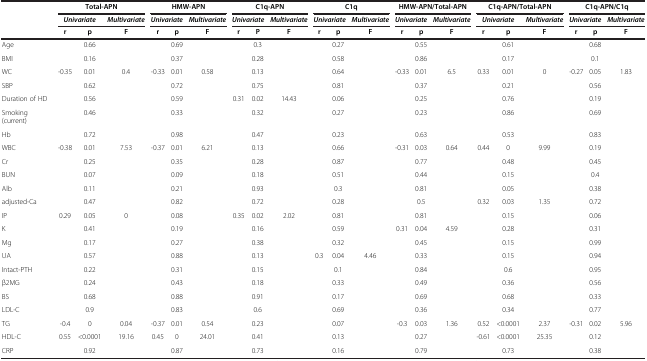
<table><thead><tr><td><b> </b></td><td colspan="3"><b>Total-APN</b></td><td colspan="3"><b>HMW-APN</b></td><td colspan="3"><b>C1q-APN</b></td><td colspan="3"><b>C1q</b></td><td colspan="3"><b>HMW-APN/Total-APN</b></td><td colspan="3"><b>C1q-APN/Total-APN</b></td><td colspan="3"><b>C1q-APN/C1q</b></td></tr><tr><td><b> </b></td><td colspan="2"><b><i>Univariate</i></b></td><td><b><i>Multivariate</i></b></td><td colspan="2"><b><i>Univariate</i></b></td><td><b><i>Multivariate</i></b></td><td colspan="2"><b><i>Univariate</i></b></td><td><b><i>Multivariate</i></b></td><td colspan="2"><b><i>Univariate</i></b></td><td><b><i>Multivariate</i></b></td><td colspan="2"><b><i>Univariate</i></b></td><td><b><i>Multivariate</i></b></td><td colspan="2"><b><i>Univariate</i></b></td><td><b><i>Multivariate</i></b></td><td colspan="2"><b><i>Univariate</i></b></td><td><b><i>Multivariate</i></b></td></tr><tr><td><b> </b></td><td><b>r</b></td><td><b>p</b></td><td><b>F</b></td><td><b>r</b></td><td><b>p</b></td><td><b>F</b></td><td><b>r</b></td><td><b>P</b></td><td><b>F</b></td><td><b>r</b></td><td><b>p</b></td><td><b>F</b></td><td><b>r</b></td><td><b>p</b></td><td><b>F</b></td><td><b>r</b></td><td><b>p</b></td><td><b>F</b></td><td><b>r</b></td><td><b>p</b></td><td><b>F</b></td></tr></thead><tbody><tr><td>Age</td><td> </td><td>0.66</td><td> </td><td> </td><td>0.69</td><td> </td><td> </td><td>0.3</td><td> </td><td> </td><td>0.27</td><td> </td><td> </td><td>0.55</td><td> </td><td> </td><td>0.61</td><td> </td><td> </td><td>0.68</td><td> </td></tr><tr><td>BMI</td><td> </td><td>0.16</td><td> </td><td> </td><td>0.37</td><td> </td><td> </td><td>0.28</td><td> </td><td> </td><td>0.58</td><td> </td><td> </td><td>0.86</td><td> </td><td> </td><td>0.17</td><td> </td><td> </td><td>0.1</td><td> </td></tr><tr><td>WC</td><td>-0.35</td><td>0.01</td><td>0.4</td><td>-0.33</td><td>0.01</td><td>0.58</td><td> </td><td>0.13</td><td> </td><td> </td><td>0.64</td><td> </td><td>-0.33</td><td>0.01</td><td>6.5</td><td>0.33</td><td>0.01</td><td>0</td><td>-0.27</td><td>0.05</td><td>1.83</td></tr><tr><td>SBP</td><td> </td><td>0.62</td><td> </td><td> </td><td>0.72</td><td> </td><td> </td><td>0.75</td><td> </td><td> </td><td>0.81</td><td> </td><td> </td><td>0.37</td><td> </td><td> </td><td>0.21</td><td> </td><td> </td><td>0.56</td><td> </td></tr><tr><td>Duration of HD</td><td> </td><td>0.56</td><td> </td><td> </td><td>0.59</td><td> </td><td>0.31</td><td>0.02</td><td>14.43</td><td> </td><td>0.06</td><td> </td><td> </td><td>0.25</td><td> </td><td> </td><td>0.76</td><td> </td><td> </td><td>0.19</td><td> </td></tr><tr><td>Smoking (current)</td><td> </td><td>0.46</td><td> </td><td> </td><td>0.33</td><td> </td><td> </td><td>0.32</td><td> </td><td> </td><td>0.27</td><td> </td><td> </td><td>0.23</td><td> </td><td> </td><td>0.86</td><td> </td><td> </td><td>0.69</td><td> </td></tr><tr><td>Hb</td><td> </td><td>0.72</td><td> </td><td> </td><td>0.98</td><td> </td><td> </td><td>0.47</td><td> </td><td> </td><td>0.23</td><td> </td><td> </td><td>0.63</td><td> </td><td> </td><td>0.53</td><td> </td><td> </td><td>0.83</td><td> </td></tr><tr><td>WBC</td><td>-0.38</td><td>0.01</td><td>7.53</td><td>-0.37</td><td>0.01</td><td>6.21</td><td> </td><td>0.13</td><td> </td><td> </td><td>0.66</td><td> </td><td>-0.31</td><td>0.03</td><td>0.64</td><td>0.44</td><td>0</td><td>9.99</td><td> </td><td>0.19</td><td> </td></tr><tr><td>Cr</td><td> </td><td>0.25</td><td> </td><td> </td><td>0.35</td><td> </td><td> </td><td>0.28</td><td> </td><td> </td><td>0.87</td><td> </td><td> </td><td>0.77</td><td> </td><td> </td><td>0.48</td><td> </td><td> </td><td>0.45</td><td> </td></tr><tr><td>BUN</td><td> </td><td>0.07</td><td> </td><td> </td><td>0.09</td><td> </td><td> </td><td>0.18</td><td> </td><td> </td><td>0.51</td><td> </td><td> </td><td>0.44</td><td> </td><td> </td><td>0.15</td><td> </td><td> </td><td>0.4</td><td> </td></tr><tr><td>Alb</td><td> </td><td>0.11</td><td> </td><td> </td><td>0.21</td><td> </td><td> </td><td>0.93</td><td> </td><td> </td><td>0.3</td><td> </td><td> </td><td>0.81</td><td> </td><td> </td><td>0.05</td><td> </td><td> </td><td>0.38</td><td> </td></tr><tr><td>adjusted-Ca</td><td> </td><td>0.47</td><td> </td><td> </td><td>0.82</td><td> </td><td> </td><td>0.72</td><td> </td><td> </td><td>0.28</td><td> </td><td> </td><td>0.5</td><td> </td><td>0.32</td><td>0.03</td><td>1.35</td><td> </td><td>0.72</td><td> </td></tr><tr><td>IP</td><td>0.29</td><td>0.05</td><td>0</td><td> </td><td>0.08</td><td> </td><td>0.35</td><td>0.02</td><td>2.02</td><td> </td><td>0.81</td><td> </td><td> </td><td>0.81</td><td> </td><td> </td><td>0.15</td><td> </td><td> </td><td>0.06</td><td> </td></tr><tr><td>K</td><td> </td><td>0.41</td><td> </td><td> </td><td>0.19</td><td> </td><td> </td><td>0.16</td><td> </td><td> </td><td>0.59</td><td> </td><td>0.31</td><td>0.04</td><td>4.59</td><td> </td><td>0.28</td><td> </td><td> </td><td>0.31</td><td> </td></tr><tr><td>Mg</td><td> </td><td>0.17</td><td> </td><td> </td><td>0.27</td><td> </td><td> </td><td>0.38</td><td> </td><td> </td><td>0.32</td><td> </td><td> </td><td>0.45</td><td> </td><td> </td><td>0.15</td><td> </td><td> </td><td>0.99</td><td> </td></tr><tr><td>UA</td><td> </td><td>0.57</td><td> </td><td> </td><td>0.88</td><td> </td><td> </td><td>0.13</td><td> </td><td>0.3</td><td>0.04</td><td>4.46</td><td> </td><td>0.33</td><td> </td><td> </td><td>0.15</td><td> </td><td> </td><td>0.94</td><td> </td></tr><tr><td>Intact-PTH</td><td> </td><td>0.22</td><td> </td><td> </td><td>0.31</td><td> </td><td> </td><td>0.15</td><td> </td><td> </td><td>0.1</td><td> </td><td> </td><td>0.84</td><td> </td><td> </td><td>0.6</td><td> </td><td> </td><td>0.95</td><td> </td></tr><tr><td>β2MG</td><td> </td><td>0.24</td><td> </td><td> </td><td>0.43</td><td> </td><td> </td><td>0.18</td><td> </td><td> </td><td>0.33</td><td> </td><td> </td><td>0.49</td><td> </td><td> </td><td>0.36</td><td> </td><td> </td><td>0.56</td><td> </td></tr><tr><td>BS</td><td> </td><td>0.68</td><td> </td><td> </td><td>0.88</td><td> </td><td> </td><td>0.91</td><td> </td><td> </td><td>0.17</td><td> </td><td> </td><td>0.69</td><td> </td><td> </td><td>0.68</td><td> </td><td> </td><td>0.33</td><td> </td></tr><tr><td>LDL-C</td><td> </td><td>0.9</td><td> </td><td> </td><td>0.83</td><td> </td><td> </td><td>0.6</td><td> </td><td> </td><td>0.69</td><td> </td><td> </td><td>0.36</td><td> </td><td> </td><td>0.34</td><td> </td><td> </td><td>0.77</td><td> </td></tr><tr><td>TG</td><td>-0.4</td><td>0</td><td>0.04</td><td>-0.37</td><td>0.01</td><td>0.54</td><td> </td><td>0.23</td><td> </td><td> </td><td>0.07</td><td> </td><td>-0.3</td><td>0.03</td><td>1.36</td><td>0.52</td><td>&lt;0.0001</td><td>2.37</td><td>-0.31</td><td>0.02</td><td>5.96</td></tr><tr><td>HDL-C</td><td>0.55</td><td>&lt;0.0001</td><td>19.16</td><td>0.45</td><td>0</td><td>24.01</td><td> </td><td>0.41</td><td> </td><td> </td><td>0.13</td><td> </td><td> </td><td>0.27</td><td> </td><td>-0.61</td><td>&lt;0.0001</td><td>25.35</td><td> </td><td>0.12</td><td> </td></tr><tr><td>CRP</td><td> </td><td>0.92</td><td> </td><td> </td><td>0.87</td><td> </td><td> </td><td>0.73</td><td> </td><td> </td><td>0.16</td><td> </td><td> </td><td>0.79</td><td> </td><td> </td><td>0.73</td><td> </td><td> </td><td>0.38</td><td> </td></tr></tbody></table>